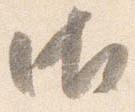
御